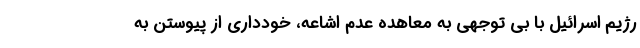
رژیم اسرائیل با بی توجهی به معاهده عدم اشاعه، خودداری از پیوستن به